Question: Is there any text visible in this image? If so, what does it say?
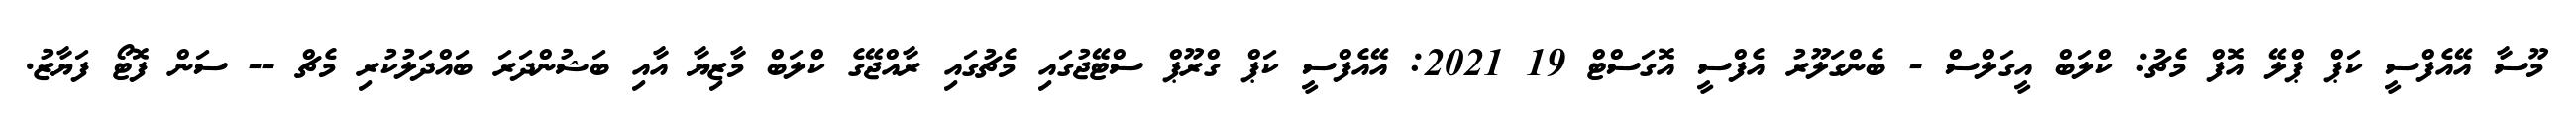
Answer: މޫސާ އޭއެފްސީ ކަޕް ޕްލޭ އޮފް މެޗު: ކްލަބް އީގަލްސް - ބެންގަލޫރު އެފްސީ އޮގަސްޓް 19 2021: އޭއެފްސީ ކަޕް ގްރޫޕް ސްޓޭޖުގައި މެޗުގައި ރާއްޖޭގެ ކްލަބް މާޒިޔާ އާއި ބަޝުންދަރަ ބައްދަލުކުރި މެޗް -- ސަން ފޮޓޯ ފަޔާޒު.